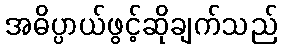
အဓိပ္ပာယ်ဖွင့်ဆိုချက်သည်